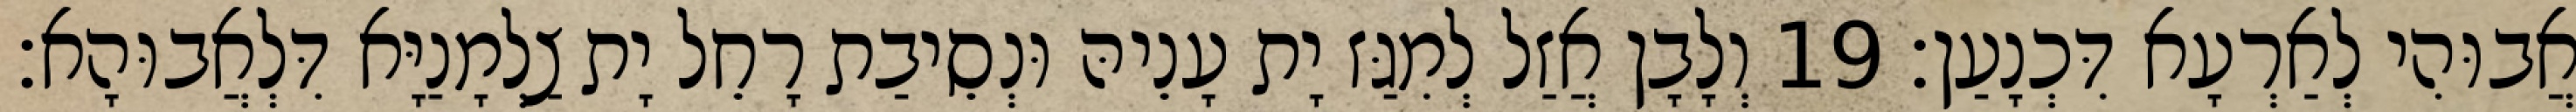
אֲבוּהִי לְאַרְעָא דִּכְנָעַן׃ 19 וְלָבָן אֲזַל לְמִגַּז יָת עָנֵיהּ וּנְסֵיבַת רָחֵל יָת צַלְמָנַיָּא דִּלְאֲבוּהָא׃